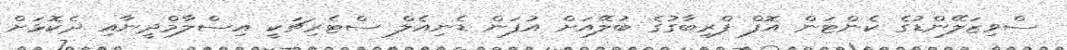
ސްވިޒަލޭންޑުގެ ކެންޓަން އޮފް ފްރިބާގުގެ ބުލޭއަށް އުފަން ޑެނިއެލް ސްޓެރިޗަކީ އިސްލާމްދީނާއި ދެކޮޅަށް